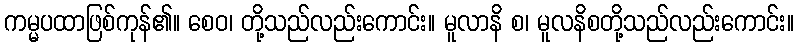
ကမ္မပထာဖြစ်ကုန်၏။ စေဝ၊ တို့သည်လည်းကောင်း။ မူလာနိ စ၊ မူလနိစတို့သည်လည်းကောင်း။